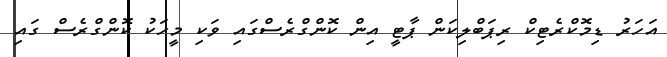
އަހަރު ޑިމޮކްރެޓިކް ރިޕަބްލިކަން ޕާޓީ އިން ކޮންގްރެސްގައި ވަކި މީހަކު ކޮންގްރެސް ގައި